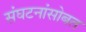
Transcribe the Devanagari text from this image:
संघटनांसोबत